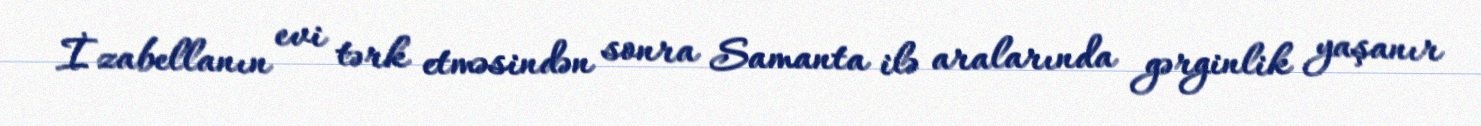
İzabellanın evi tərk etməsindən sonra Samanta ilə aralarında gərginlik yaşanır